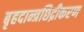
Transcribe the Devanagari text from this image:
बृहदान्त्रछिद्रीकरण